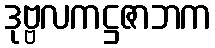
ဒုဗ္ဗလကဋ္ဌဇာဘက